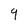
Character: 9